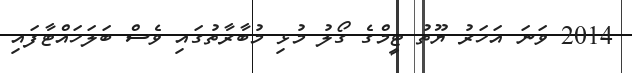
2014 ވަނަ އަހަރު ޔޫތު ޓީމްގެ ގޯލު މުޅި މުބާރާތުގައި ވެސް ބަލަހައްޓާފައި